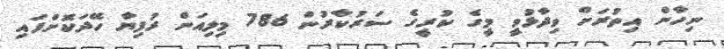
ނިހާން އިތުރަށް ވިދާޅުވީ މީގެ ކުރީގެ ސަރުކާރުން 786 މިލިއަން ރުފިޔާ ހޭދަކޮށްފައި